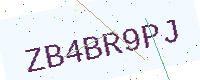
Text: ZB4BR9PJ